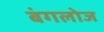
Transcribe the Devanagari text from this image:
बंगलोज